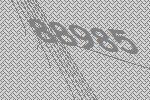
88985